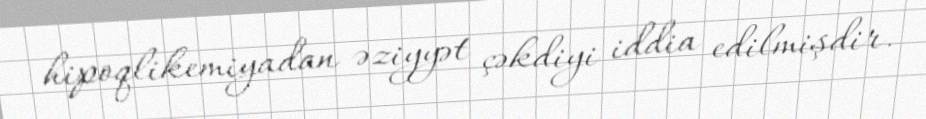
hipoqlikemiyadan əziyyət çəkdiyi iddia edilmişdir.